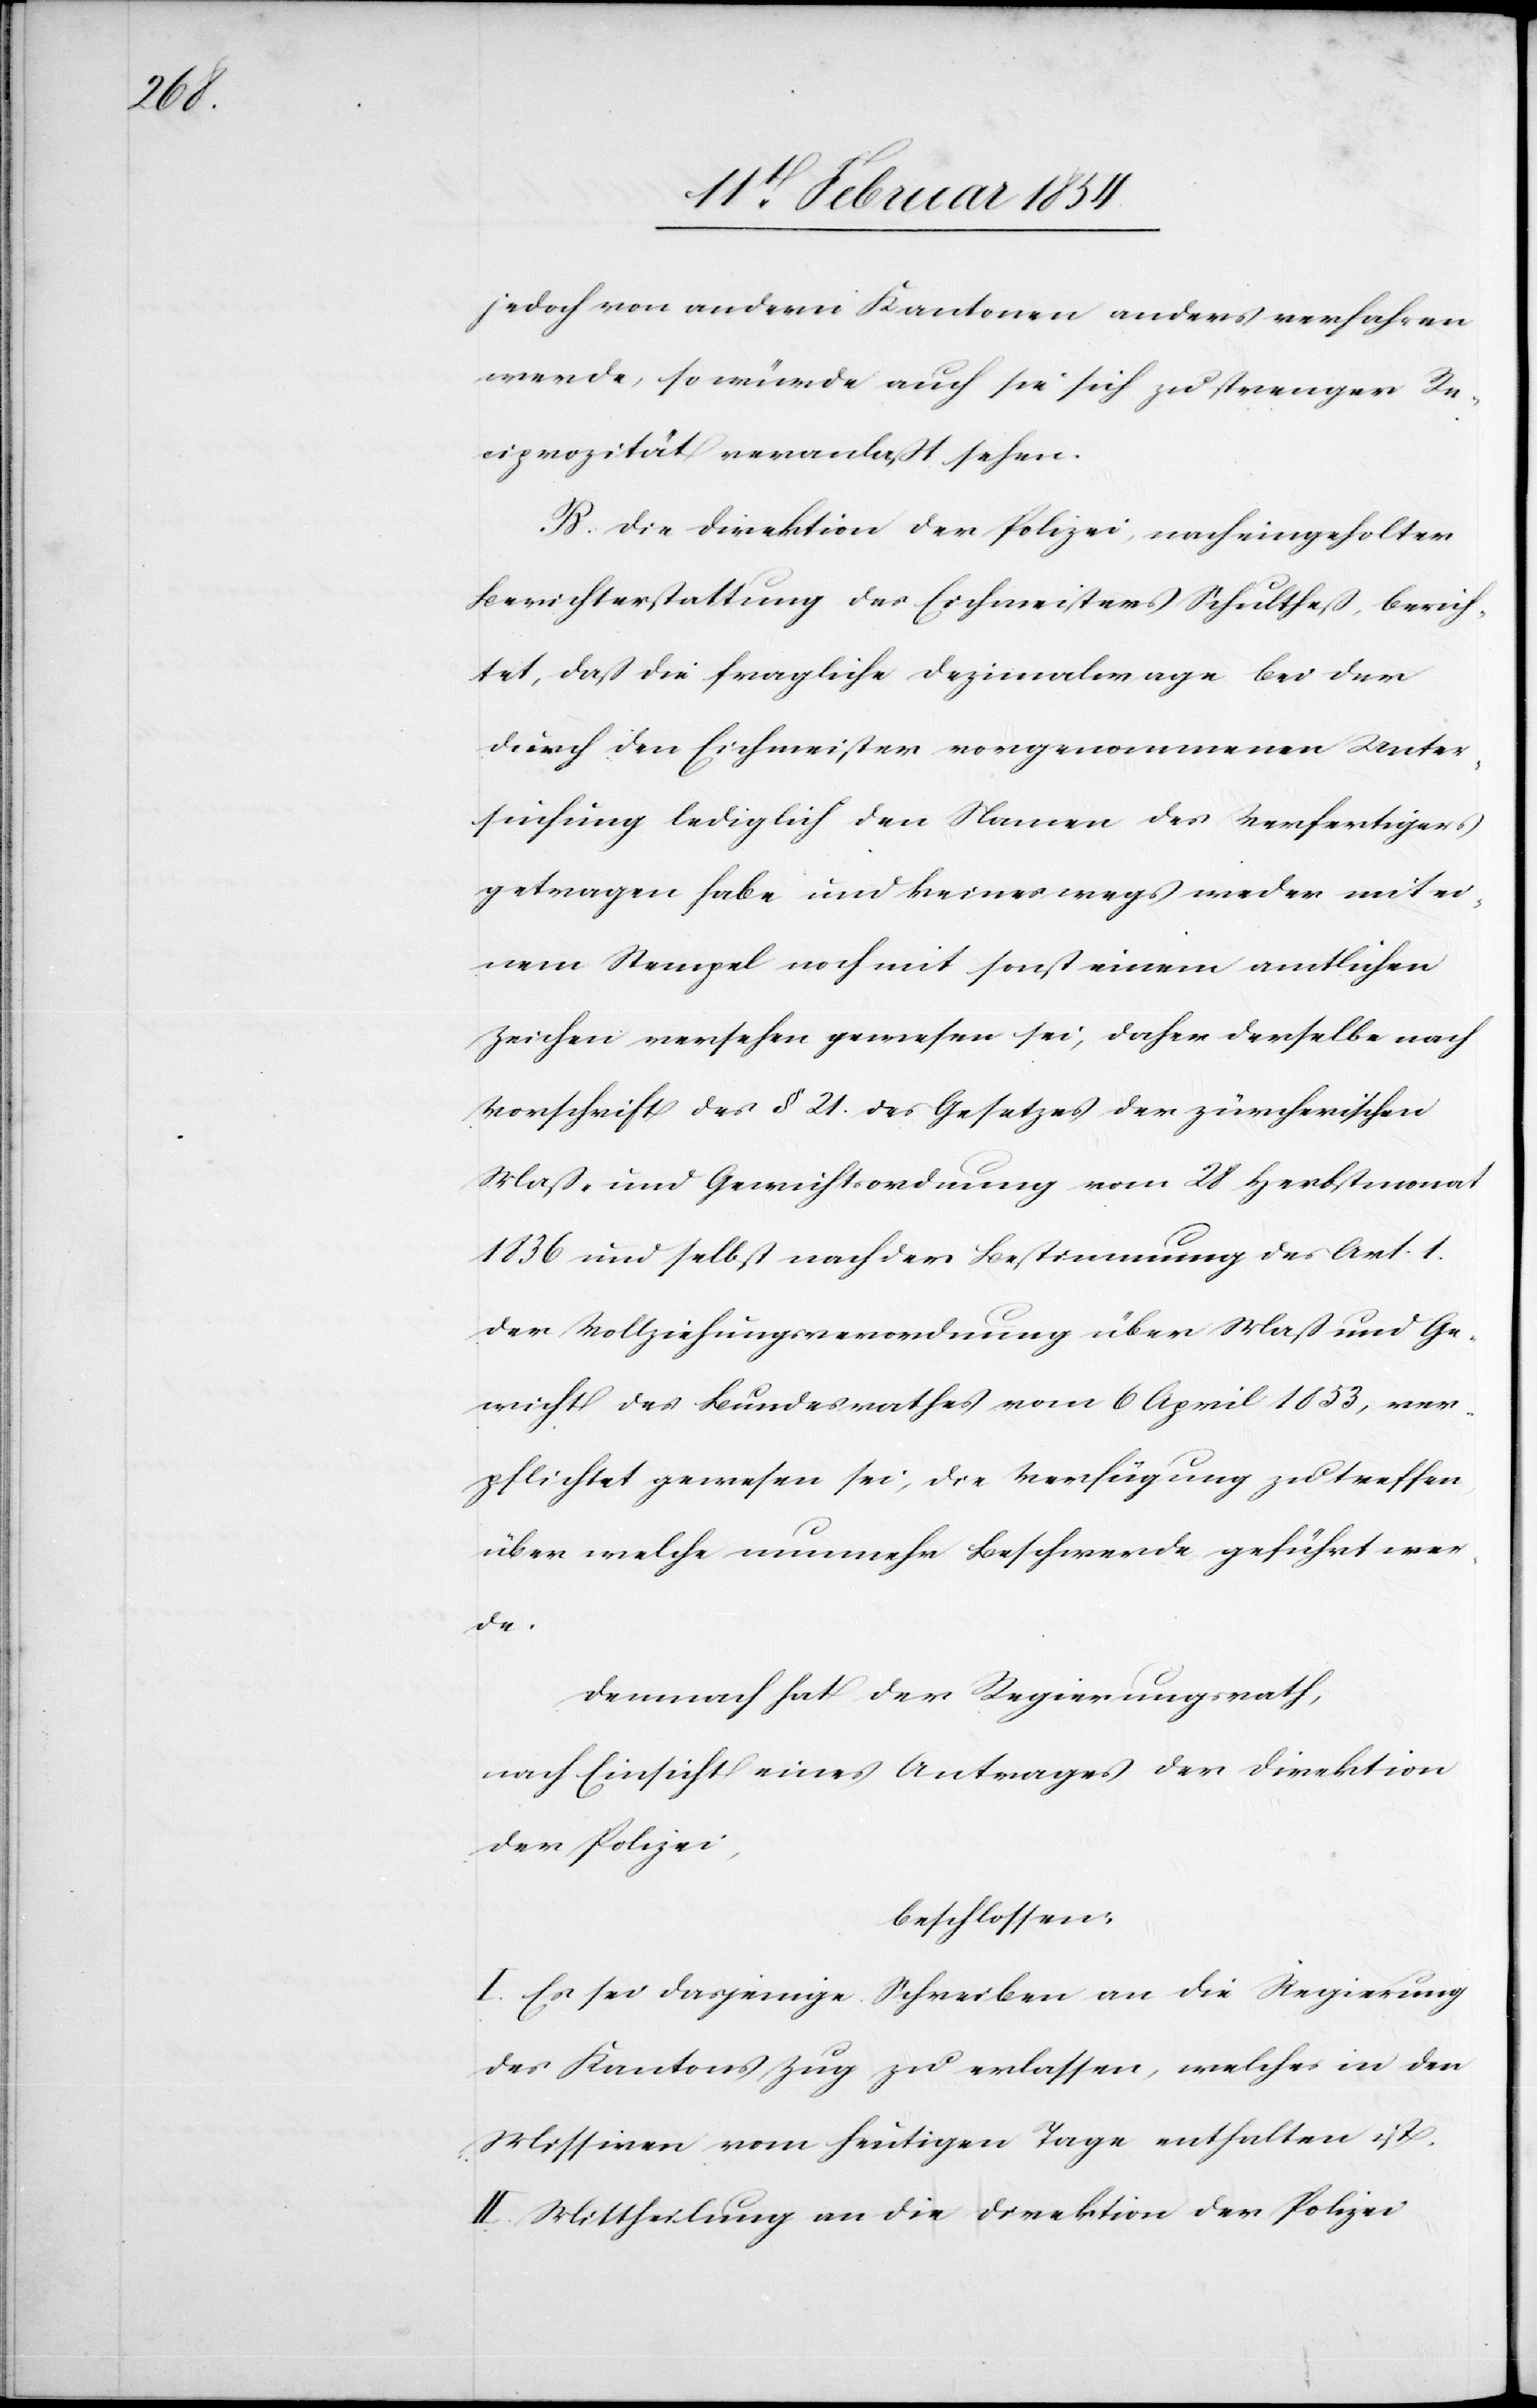
jedoch von andern Kantonen anders verfahren
werde, so würde auch sie sich zu strenger Re¬
ciprozität veranlaßt sehen.
B. Die Direktion der Polizei nach eingeholter
Berichterstattung des Eichmeisters Schultheß, berich¬
tet, daß die fragliche Dezimalwage bei der
durch den Eichmeister vorgenommenen Unter¬
suchung lediglich den Namen des Verfertigers
getragen habe und keineswegs weder mit ei¬
nem Stempel noch mit sonst einem amtlichen
Zeichen versehen gewesen sei, daher derselbe nach
Vorschrift des § 21. des Gesetzes der zürcherischen
Maß- und Gewichtsordnung vom 28 Herbstmonat
1836 und selbst nach der Bestimmung des Art. 1.
der Vollziehungsverordnung über Maß und Ge¬
wicht des Bundesrathes vom 6 April 1853, ver¬
pflichtet gewesen sei, die Verfügung zu treffen,
über welche nunmehr Beschwerde geführt wer¬
de.
Demnach hat der Regierungsrath,
nach Einsicht eines Antrages der Direktion
der Polizei,
beschlossen:
I. Es sei dasjenige Schreiben an die Regierung
des Kantons Zug zu erlassen, welches in den
Missiven vom heutigen Tage enthalten ist.
II. Mittheilung an die Direktion der Polizei